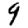
Digit: 9